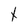
Character: t